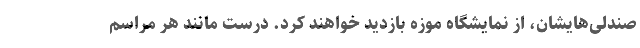
صندلی‌هایشان، از نمایشگاه موزه بازدید خواهند کرد. درست مانند هر مراسم